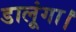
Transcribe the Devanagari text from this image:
डालूंगा।